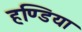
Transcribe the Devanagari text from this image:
हण्डिया